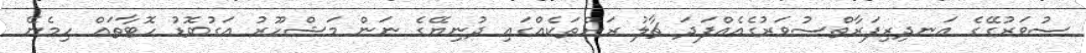
ސުވަރުގޭގެ އަނދިރިފަރާތްސުވަރުގެއެއްފަދަ ޗާލު ރަށްތަކެއްގައި ދުނިޔޭގެ ނަން މަޝްހޫރު އަގުބޮޑު ހޮޓާތައް ހިމެނޭ